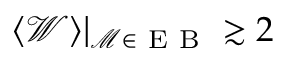
\langle \mathcal { W } \rangle | _ { \mathcal { M } \in \mathrm { ~ E ~ B ~ } } \gtrsim 2